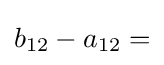
b_{12}-a_{12}=